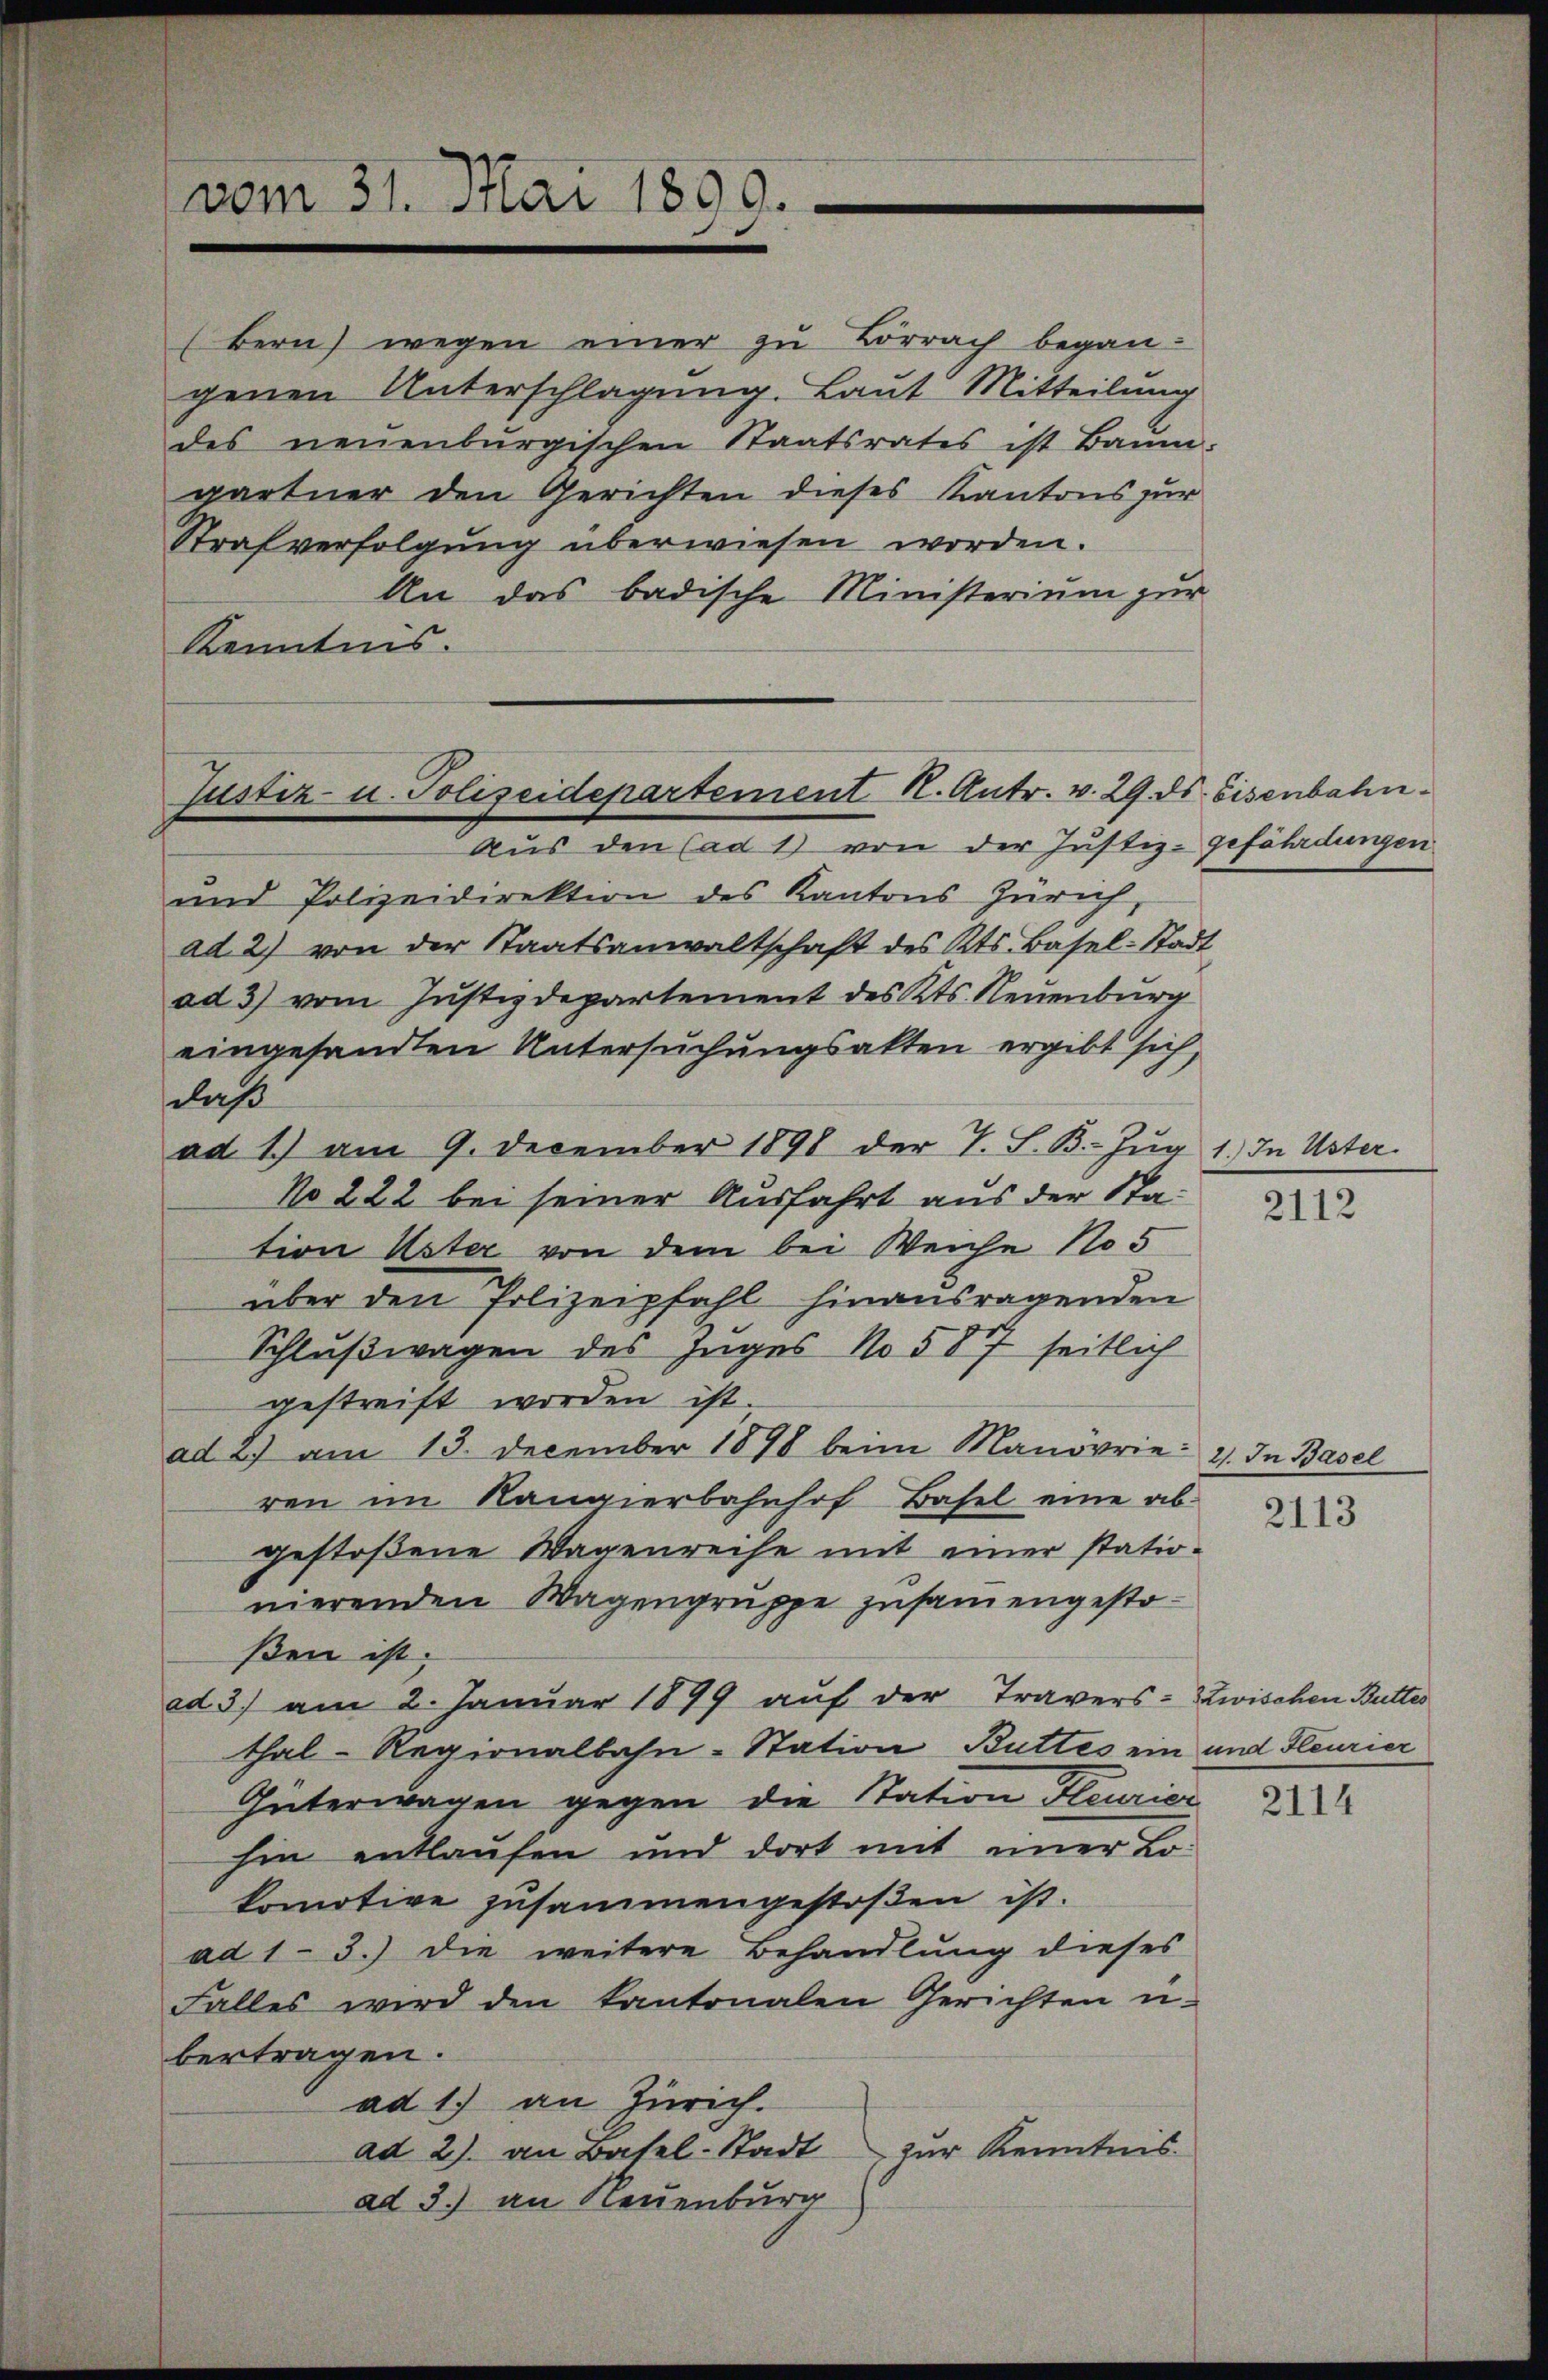
vom 31. Mai 1899.

(Bern) wegen einer zu Lörrach begangenen Unterschlagung. Laut Mitteilung
des neuenburgischen Staatsrates ist Baum-
gärtner den Gerichten dieses Kantons zur
Strafverfolgung überwiesen worden.
An das badische Ministerium zur
Kenntnis.

Justiz u. Polizeidepartement H. Antr. v. 29. ds. Eisenbahn¬

Aus den Cad 1) von der Justiz-gefährdungen
und Polizeidirektion des Kantons Zürich,
ad 2) von der Staatsanwaltschaft des Kts. Basel-Stadt
ad 3) vom Justizdepartement des Kts. Neuenburg
eingesandten Untersuchungsakten ergibt sich,
dach
ad 1.) am 9. December 1890 der T. S. B. Zug 1.) In Uster
No 222 bei seiner Ausfahrt aus der Station Uster von dem bei Weiche No 5
über den Polizeipfahl hinausragenden
Schlußwagen des Zuges No 587 seitlich
gestreift worden ist.
ad 2.) am 13. December 1898 beim Manovrie; 2. In Basel
ren im Kangierbahnhof, Basel eine ab-
gestoßene Wagenreihe mit einer stationierenden Wagengruppe zusammengestoßen ist.
ad 3) am 2. Januar 1899 auf der Travers- Zwischen Butter
thal-Regionalbahn-Station Buttes ein und Heurier
Güterwagen gegen die Station Feurier
hin entlaufen und dort mit einer Lokomotive zusammengestoßen ist.
ad 1-3.) Die weitere Behandlung dieses
Falles wird den kantonalen Gerichten ü
bertragen.
ad 1.) an Zürich.
zur Kenntnis.
ad 2. an Basel-Stadt
ad 3.) an Neuenburg

2112

2113

2114